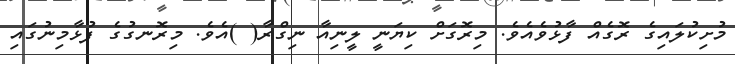
މުށިކުލައިގެ ރޮގެއް ފާޅުވެއެވެ. މިރޮގަށް ކިޔަނީ ލީނިއާ ނިގްރާ( )އެވެ. މިރޮނގުގެ ފުޅާމިނުގައި